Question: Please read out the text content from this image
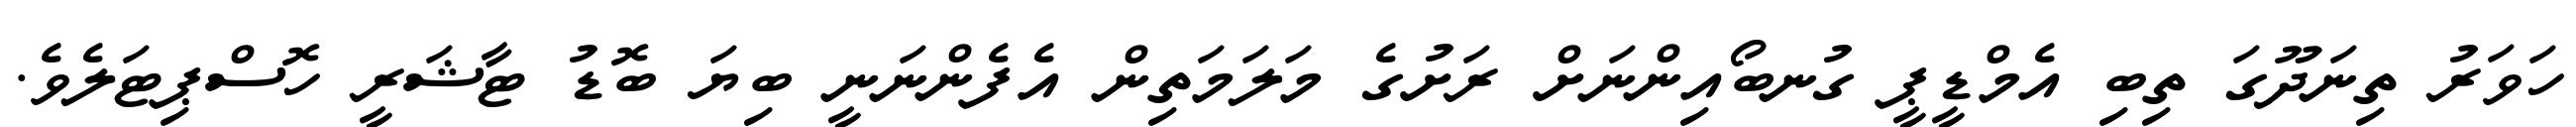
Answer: ހަވަރު ތިނަދޫގަ ތިބި އެމްޑީޕީ ގުނބޯއިންނަށް ރަށުގެ މަލަމަތިން އެފެންނަނީ ބިޔަ ބޮޑު ޓާޝަރީ ހޮސްޕިޓަލެވެ.